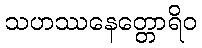
သဟဿနေတ္တောရိဝ